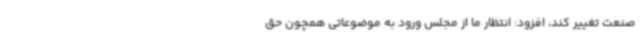
صنعت تغییر کند، افزود: انتظار ما از مجلس ورود به موضوعاتی همچون حق